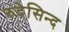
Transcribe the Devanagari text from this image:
रुदेसिन्द